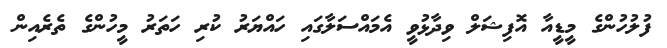
ފުލުހުންގެ މީޑީއާ އޮފިޝަލް ވިދާޅުވީ އެމައްސަލާގައި ހައްޔަރު ކުރި ހަތަރު މީހުންގެ ތެރެއިން